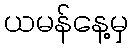
ယမန်နေ့မှ